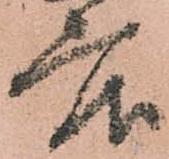
度